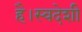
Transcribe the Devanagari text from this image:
है।स्वदेशी